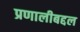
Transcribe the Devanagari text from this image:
प्रणालीबद्दल